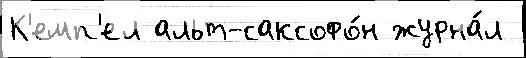
К'емп'ел альт-саксофо́н журна́л